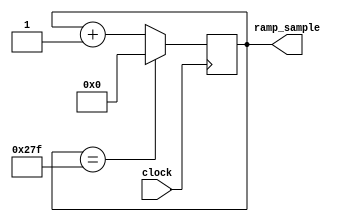
`timescale 1ns / 1ps
//////////////////////////////////////////////////////////////////////////////////
// Company: 
// Engineer: 
// 
// Design Name: 
// Module Name: TestWave_Gen
// Project Name: 
// Target Devices: 
// Tool Versions: 
// Description: 
// 
// Dependencies: 
// 
// Revision:
// Revision 0.01 - File Created
// Additional Comments:
// 
//////////////////////////////////////////////////////////////////////////////////


module TestWave_Gen(
    input clock,
    output reg [9:0] ramp_sample
    );
    
    initial begin
        ramp_sample = 0;
    end
    
    always @ (posedge clock) begin
        ramp_sample <= (ramp_sample == 639) ? 0 : ramp_sample + 1;
    end
endmodule